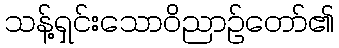
သန့်ရှင်းသောဝိညာဉ်တော်၏